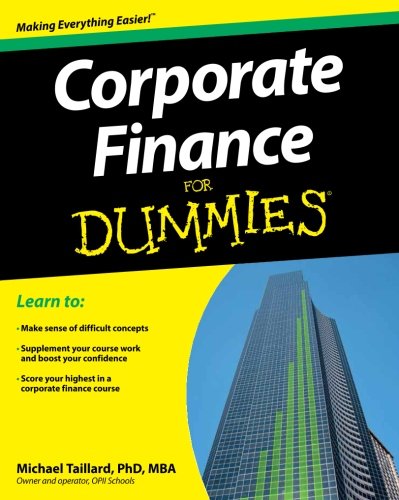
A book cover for Corporate Finance For Dummies; Michael Taillard; Business & Money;